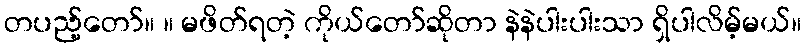
တပည့်တော်။ ။ မဖိတ်ရတဲ့ ကိုယ်တော်ဆိုတာ နဲနဲပါးပါးသာ ရှိပါလိမ့်မယ်။